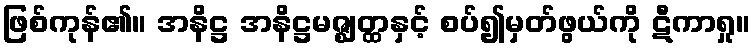
ဖြစ်ကုန်၏။ အနိဋ္ဌ အနိဋ္ဌမဇ္ဈတ္ထနှင့် စပ်၍မှတ်ဖွယ်ကို ဋီကာရှု။